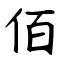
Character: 佰